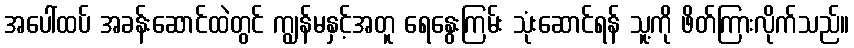
အပေါ်ထပ် အခန်းဆောင်ထဲတွင် ကျွန်မနှင့်အတူ ရေနွေးကြမ်း သုံးဆောင်ရန် သူ့ကို ဖိတ်ကြားလိုက်သည်။